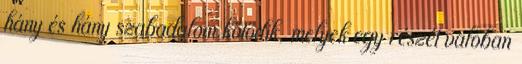
hány és hány szabadalom kötődik, melyek egy részét valóban